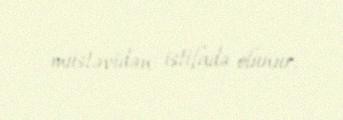
müstəvidən istifadə olunur.